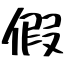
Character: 假